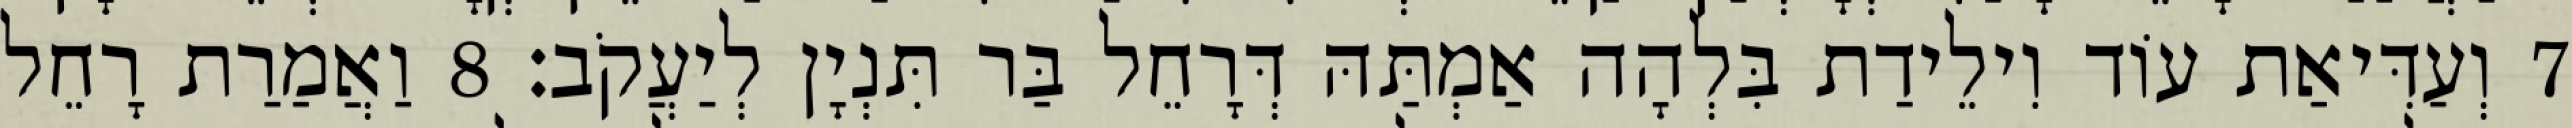
7 וְעַדִּיאַת עוֹד וִילֵידַת בִּלְהָה אַמְתַּהּ דְּרָחֵל בַּר תִּנְיָן לְיַעֲקֹב׃ 8 וַאֲמַרַת רָחֵל